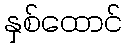
နှစ်ထောင်